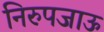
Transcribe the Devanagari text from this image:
निरुपजाऊ